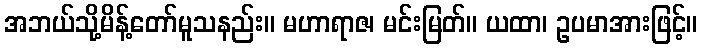
အဘယ်သို့မိန့်တော်မူသနည်း။ မဟာရာဇ၊ မင်းမြတ်။ ယထာ၊ ဥပမာအားဖြင့်။